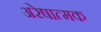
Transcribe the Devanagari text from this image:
अरेषात्मक